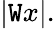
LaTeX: |\mathtt{W}x|.